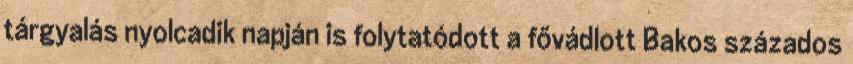
tárgyalás nyolcadik napján is folytatódott a fővádlott Bakos százados